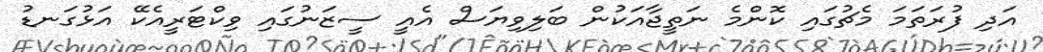
އަދި ފުރަތަމަ މެޗުގައި ކޮންމެ ނަތީޖާއަކުން ބަލިވިޔަސް އެއީ ސީޒަނުގައި ވިކްޓަރީއެކޭ އަޅުގަނޑު